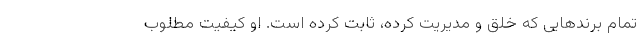
تمام برند‌هایی که خلق و مدیریت کرده، ثابت کرده است. او کیفیت مطلوب